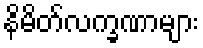
နိမိတ်လက္ခဏာများ